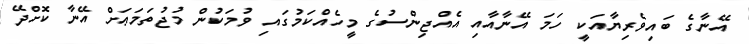
އޭނާގެ ބައިވެރިޔާއަކީ ހަމަ އޭނާއާއި އެއްޖިންސުގެ މީހެއްކަމުގައި ވުމަކުން މުޖުތަމަޢަށް އޭނާ ކޮށްދޭ